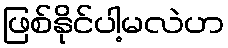
ဖြစ်နိုင်ပါ့မလဲဟ